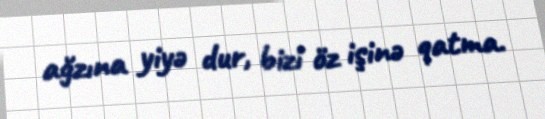
ağzına yiyə dur, bizi öz işinə qatma.